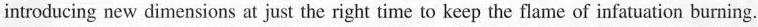
introducing new dimensions at just the right time to keep the flame of infatuation burning.